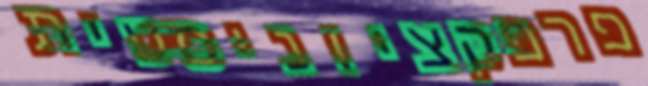
פרפקציוניסטית